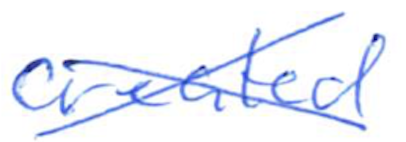
Text: created
Cross-out: cross
Writing tool: ballpoint